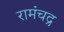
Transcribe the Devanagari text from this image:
रामंचद्र